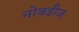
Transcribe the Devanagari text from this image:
नोबडीज